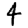
Digit: 4